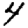
Digit: 4